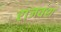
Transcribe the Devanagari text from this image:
राजवश